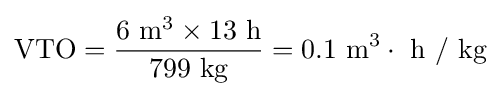
{\text{VTO}}={\frac {6{\text{ m}}^{3}\times 13{\text{ h}}}{799{\text{ kg}}}}=0.1{\text{ m}}^{3}\cdot {\text{ h / kg}}